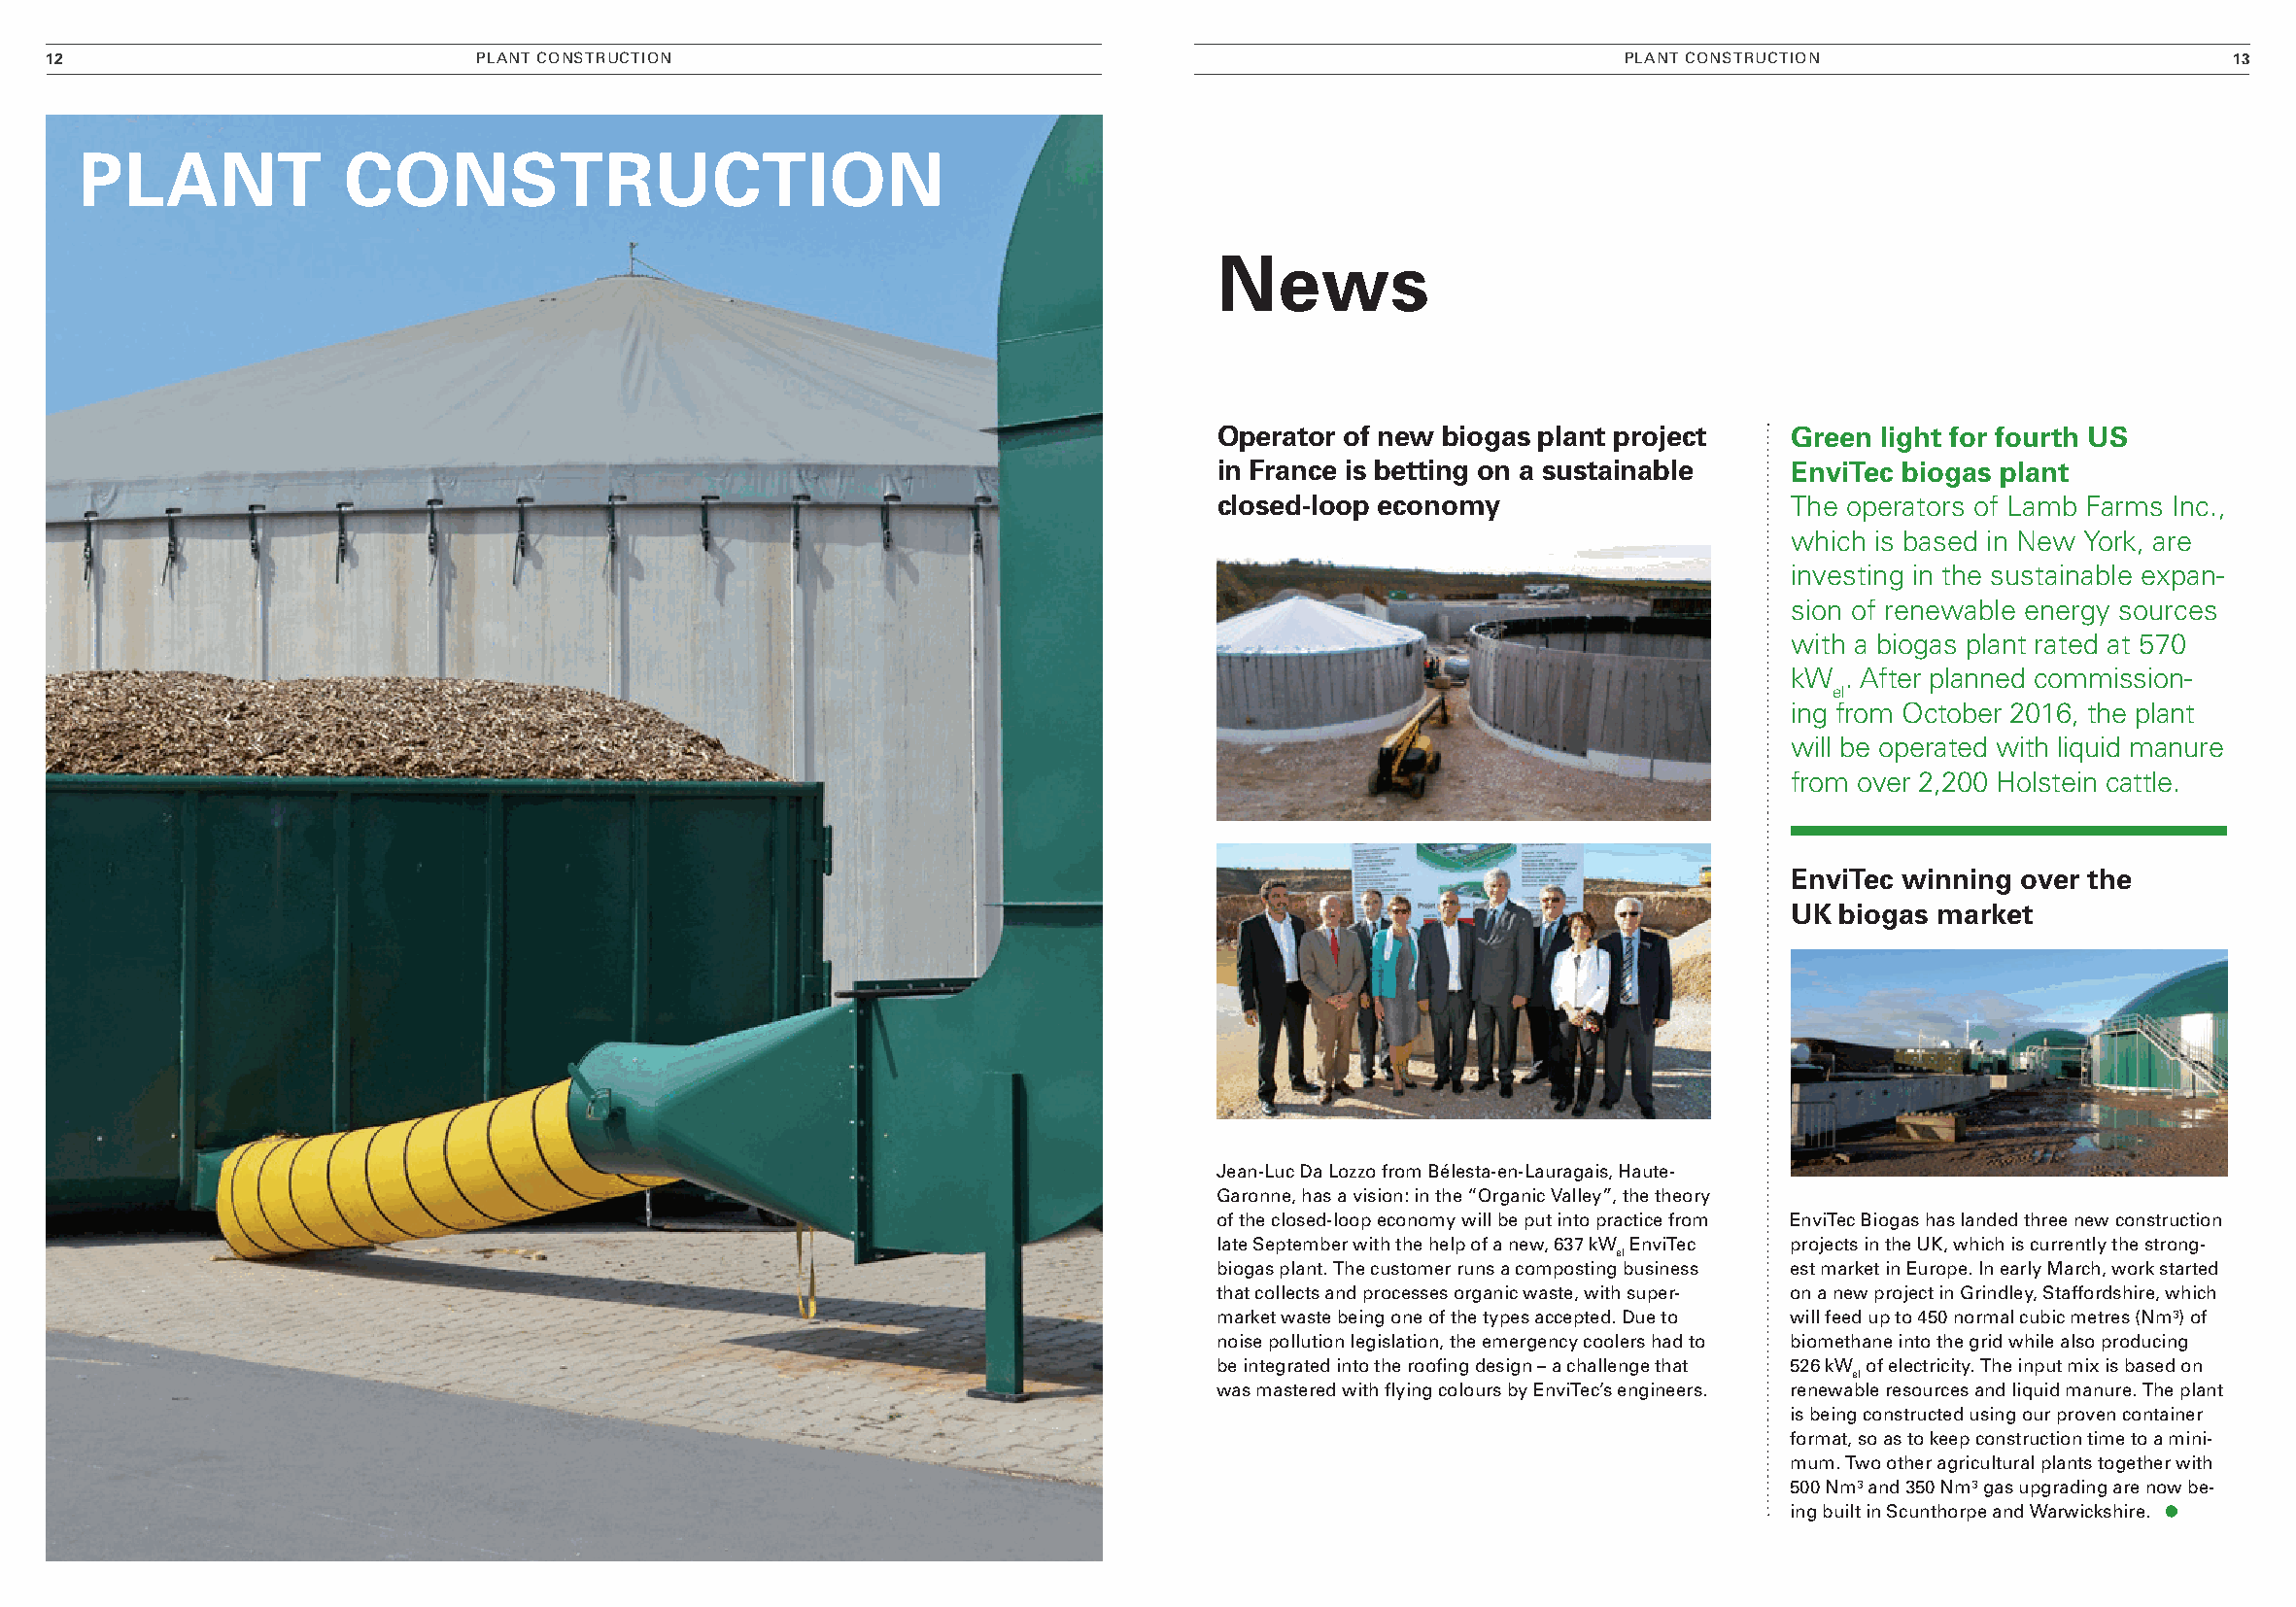
12                           PlANT CoNSTrUCTIoN                                                             PlANT CoNSTrUCTIoN                       13
 Plant             construction
 news
 operator of new biogas plant project   Green light for fourth us
 in France is betting on a sustainable  envitec biogas plant
 closed-loop economy                    The operators of Lamb Farms Inc.,
 which is based in New York, are
 investing in the sustainable expan-
 sion of renewable energy sources
 with a biogas plant rated at 570
 kW  . After planned commission-
 el
 ing from October 2016, the plant
 will be operated with liquid manure
 from over 2,200 Holstein cattle.
 envitec winning over the
 uk biogas market
 Jean-luc da lozzo from Bélesta-en-lauragais, Haute-
 Garonne, has a vision: in the “organic valley”, the theory
 of the closed-loop economy will be put into practice from EnviTec Biogas has landed three new construction
 late September with the help of a new, 637 kW EnviTec projects in the UK, which is currently the strong-
 el
 biogas plant. The customer runs a composting business est market in Europe. In early March, work started
 that collects and processes organic waste, with super- on a new project in Grindley, Staffordshire, which
 market waste being one of the types accepted. due to will feed up to 450 normal cubic metres (Nm³) of
 noise pollution legislation, the emergency coolers had to biomethane into the grid while also producing
 be integrated into the roofing design – a challenge that 526 kW of electricity. The input mix is based on
 el
 was mastered with flying colours by EnviTec’s engineers. renewable resources and liquid manure. The plant
 is being constructed using our proven container
 format, so as to keep construction time to a mini-
 mum. Two other agricultural plants together with
 500 Nm³ and 350 Nm³ gas upgrading are now be-
 ing built in Scunthorpe and Warwickshire.